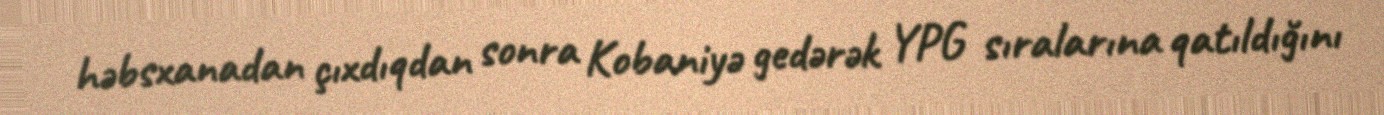
həbsxanadan çıxdıqdan sonra Kobaniyə gedərək YPG sıralarına qatıldığını